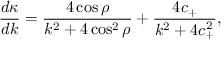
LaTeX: \frac { d \kappa } { d k } = \frac { 4 \cos \rho } { k ^ { 2 } + 4 \cos ^ { 2 } \rho } + \frac { 4 c _ { + } } { k ^ { 2 } + 4 c _ { + } ^ { 2 } } ,